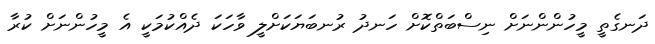
ދަނގެތީ މީހުންންނަށް ނިސްބަތްކޮށް ހަނދު ރުނބަޔަކަށްލީ ވާހަކަ ދެއްކުމަކީ އެ މީހުންނަށް ކުރާ